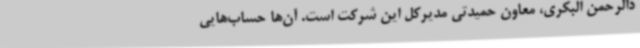
دالرحمن البکری، معاون حمیدتی مدیرکل این شرکت است. آن‌ها حساب‌هایی